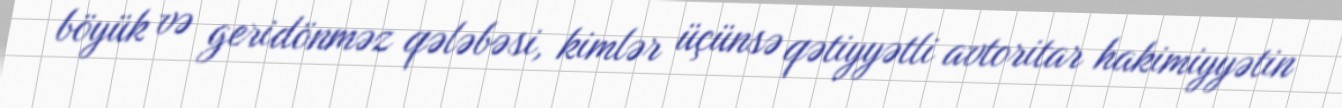
böyük və geridönməz qələbəsi, kimlər üçünsə qətiyyətli avtoritar hakimiyyətin